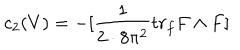
c _ { 2 } ( V ) = - [ \frac { 1 } { 2 \cdot 8 \pi ^ { 2 } } t r _ { f } F \wedge F ]